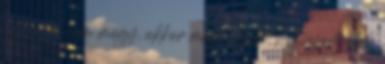
aztán ha nem megy, akkor majd jelzem, hol nyomjátok